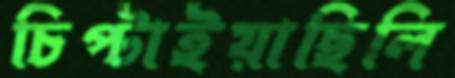
চিপ্‌টাইয়াছিলি